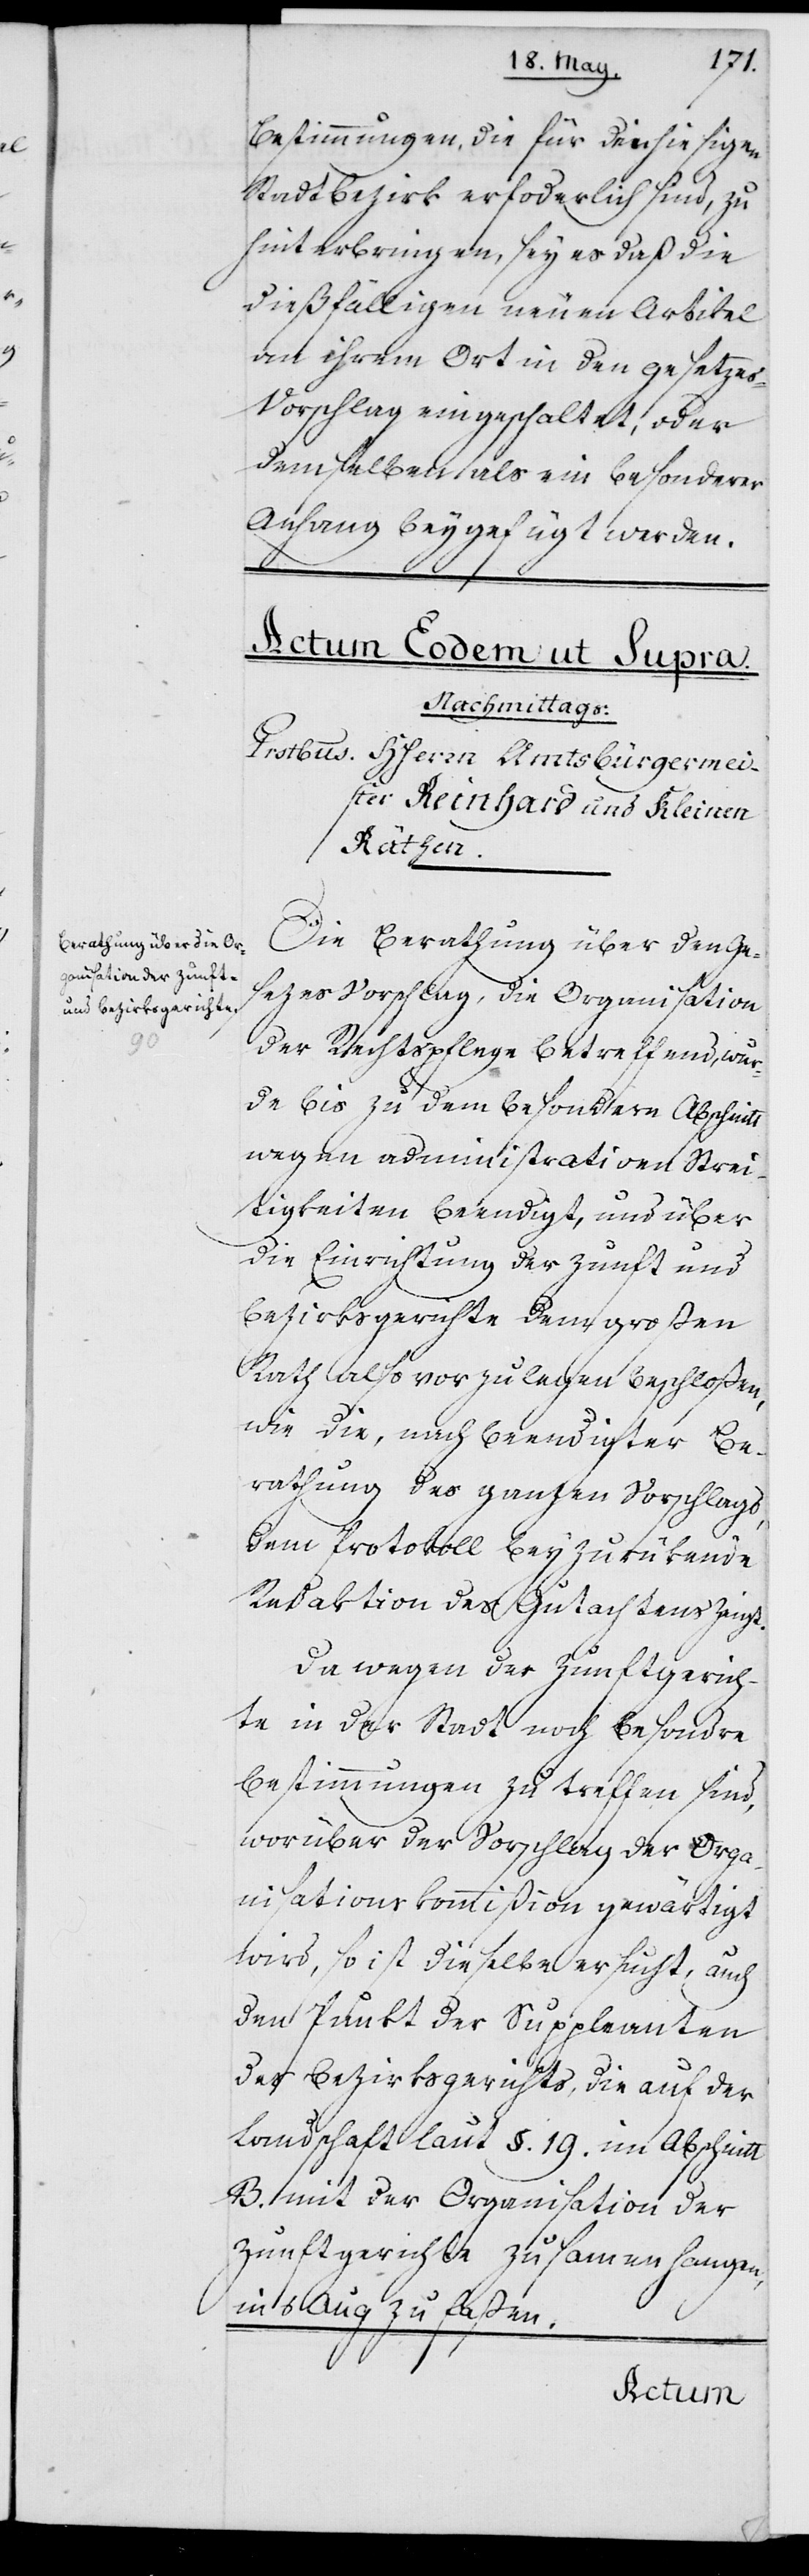
Bestimmungen, die für den hiesigen
Stadtbezirk erforderlich sind, zu
hinterbringen, sey es daß die
dießfälligen neuen Artikel
an ihrem Ort in den Gesetzes¬
vorschlag eingeschaltet, oder
demselben, als ein besonderer
Anhang beygefügt werden.
Die Berathung über den Ge¬
sezes Vorschlag, die Organisation
der Rechtspflege betreffend, wur¬
de bis zu dem besondern Abschnitt
wegen administrativen Strei¬
tigkeiten beendigt, und über
die Einrichtung der Zunft und
Bezirksgerichte dem großen
Rath also vorzulegen beschloßen,
wie die, nach beendigter Be¬
rathung des ganzen Vorschlags,
dem Protokoll beyzurükende
Redaktion des Gutachtens zeigt.
Da wegen der Zunftgerich¬
te in der Stadt noch besondre
Bestimmungen zu treffen sind,
worüber der Vorschlag der Orga¬
nisationskommißion gewärtigt
wird, so ist dieselbe ersucht, auch
den Punkt der Suppleanten
des Bezirksgerichts, die auf der
Landschaft laut §. 19. im Abschnitt
B. mit der Organisation der
Zunftgerichte zusammenhangen,
in’s Aug zu faßen.